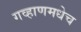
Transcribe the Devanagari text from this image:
गव्हाणमधेच